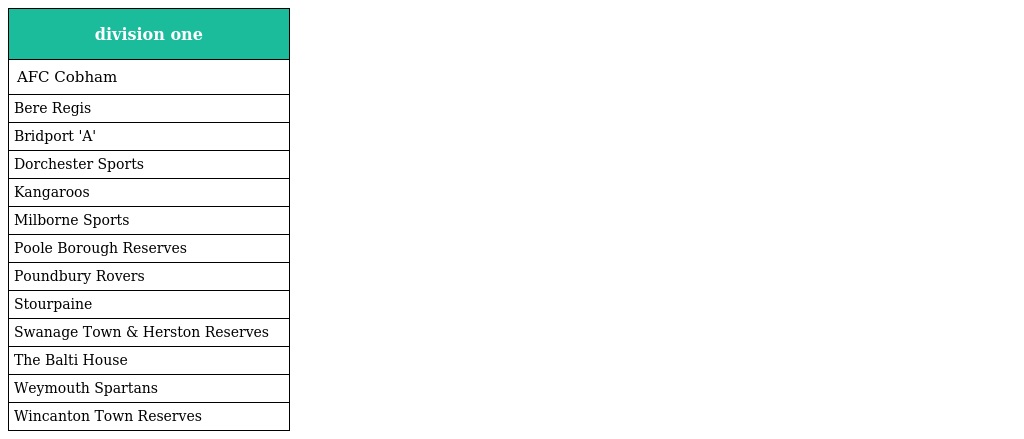
| division one |
 | --- |
 | AFC Cobham |
 | Bere Regis |
 | Bridport 'A' |
 | Dorchester Sports |
 | Kangaroos |
 | Milborne Sports |
 | Poole Borough Reserves |
 | Poundbury Rovers |
 | Stourpaine |
 | Swanage Town & Herston Reserves |
 | The Balti House |
 | Weymouth Spartans |
 | Wincanton Town Reserves |